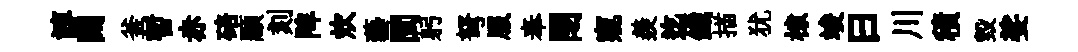
諄闊釜暫赤碚顯刻陴炊藝閩躬弩服奉閉窺羨迄鐵描犹棣竣曰川積毀娑